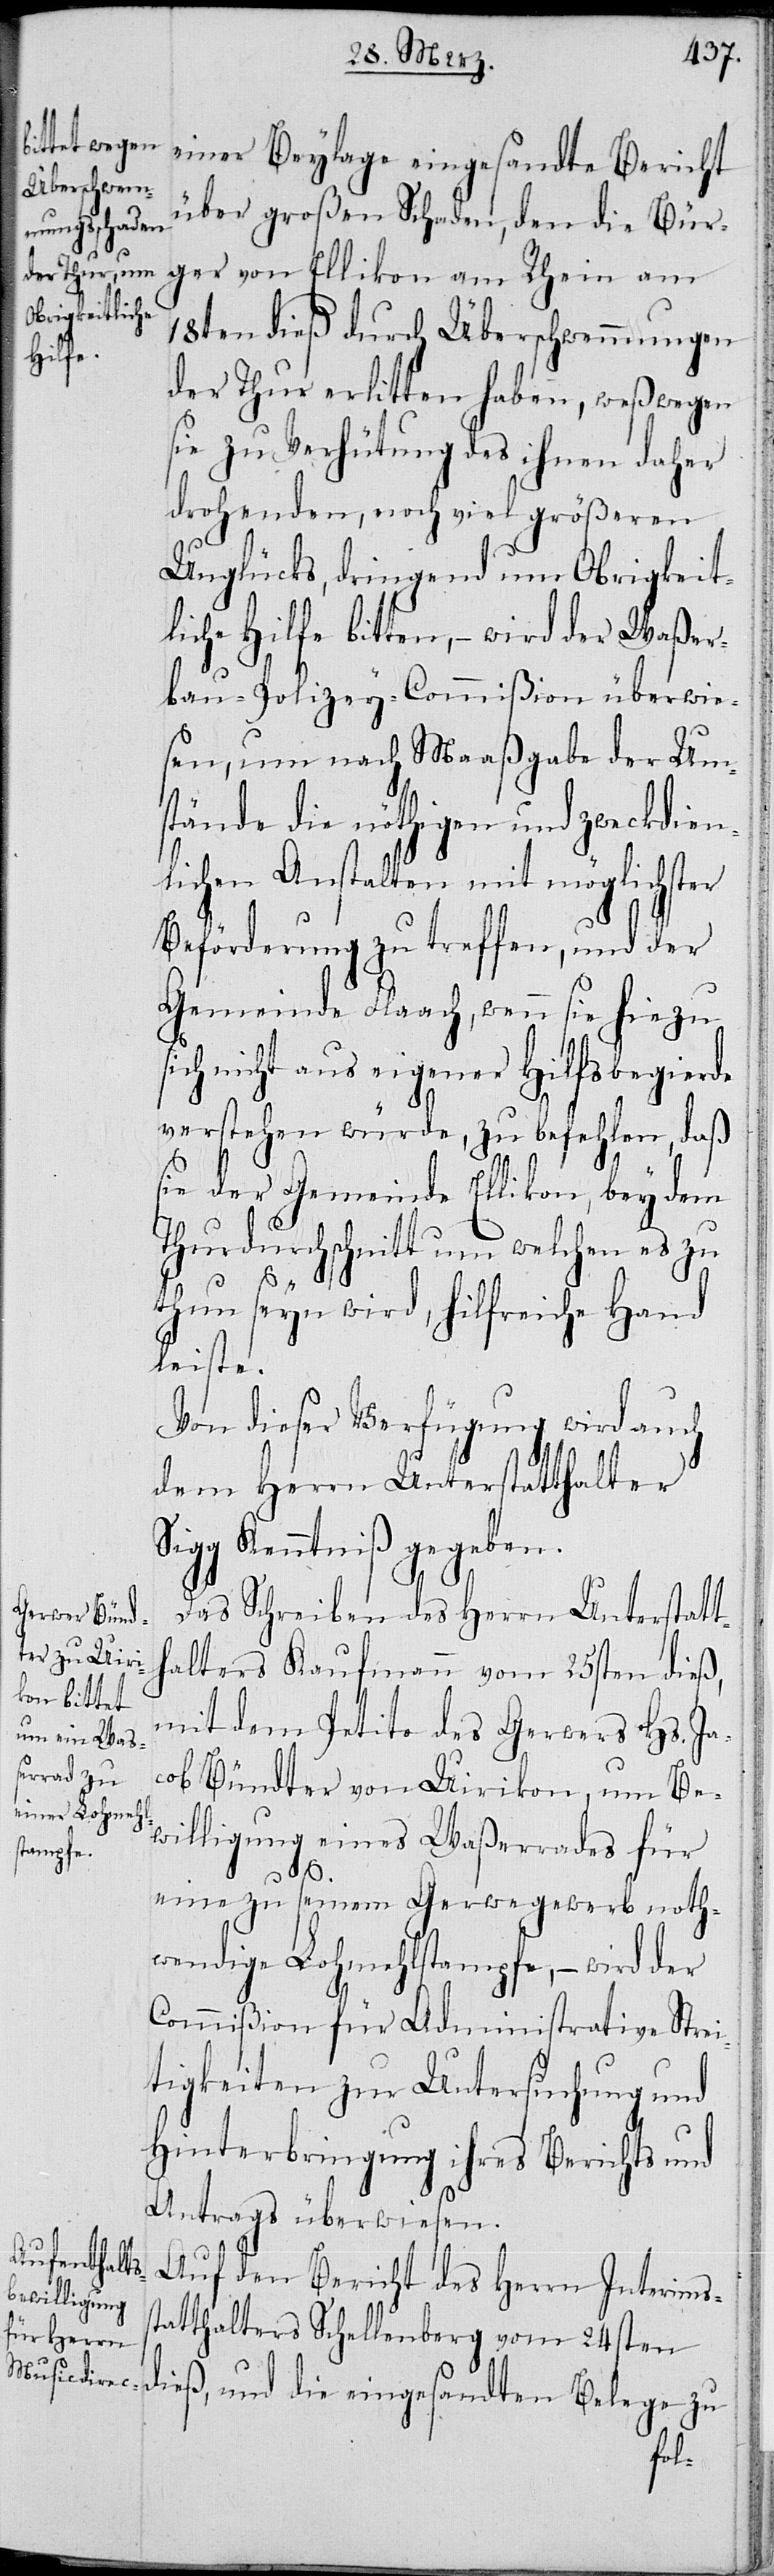
einer Beylage eingesandten Bericht
über großen Schaden, den die Bür¬
ger von Ellikon am Rhein am
18ten dieß durch Überschwemmungen
der Thur erlitten haben, weßwegen
sie zu Verhütung des ihnen daher
drohenden, noch viel größeren
Unglücks, dringend um Obrigkeit¬
liche Hilfe bitten, – wird der Waßer¬
bau-Polizey-Commißion überwie¬
sen, um nach Maaßgabe der Um¬
stände die nöthigen und zweckdien¬
lichen Anstalten mit möglichster
Beförderung zu treffen, und der
Gemeinde Flaach, wenn sie hiezu
ich nicht aus eigener Hilfsbegierde
verstehen würde, zu befehlen, daß
sie der Gemeinde Ellikon, bey dem
Thurdurchschnitt um welchen es zu
s¬
thun seyn wird, hilfreiche Hand
leiste.
Von dieser Verfügung wird auch
gg Kenntniß gegeben.
Das Schreiben des Herrn Unterstatt¬
halters Kaufmann vom 25sten dieß,
mit dem Petito des Gerwers Hs. Ja¬
cob Bündter von Uirikon, um Be¬
willigung eines Waßerrades für
eine zu seinem Gerwegewerb noth¬
wendige Lohmehlstampfe, – wird der
Commißion für Administrative Strei¬
tigkeiten zur Untersuchung und
Hinterbringung ihres Berichts und
Antrags überwiesen.
Auf den Bericht des Interimss¬
tatthalters Schellenberg vom 24ten
dieß, und die eingesandten Belege zu
Si¬